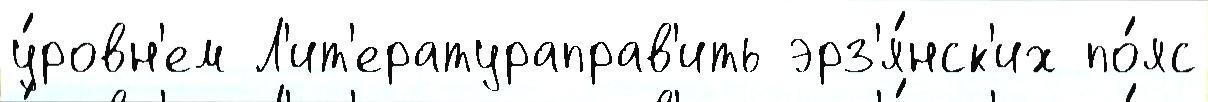
у́ровн'ем Л'ит'ератураправ'ить эрз'я́нск'их по́яс